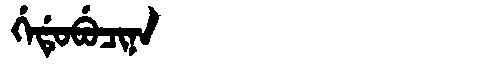
Manchu: ᡤᡝᡩᡠᠪᡠᠴᡳᠨᠠ
Romanization: GEDUBUCINA